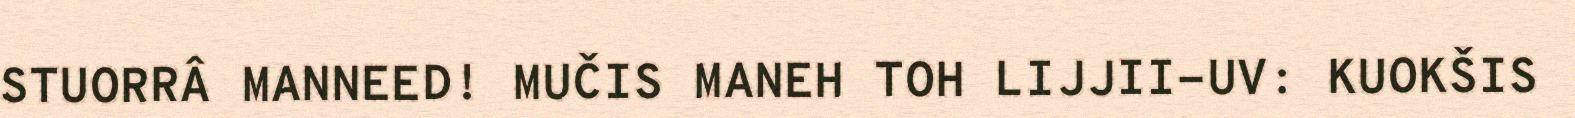
STUORRÂ MANNEED! MUČIS MANEH TOH LIJJII-UV: KUOKŠIS